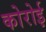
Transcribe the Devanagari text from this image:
कोरोई